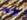
يربطه